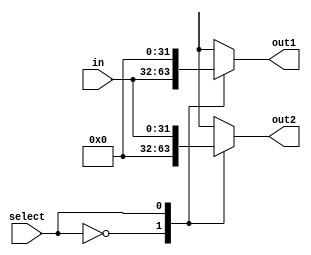
module Demux_1x2 #(parameter width = 31) (
    //---------------------- Input Ports ----------------------
    input wire [width:0] in,

    input wire select,

    //---------------------- Output Ports ----------------------
    output reg [width:0] out1,out2

);
    
//---------------------- Code Start ----------------------
always @ (*)begin
    case (select)
        1'b0: begin
            out1 = in;
            out2 = 0;
        end
        1'b1: begin
            out1 = 0;
            out2 = in;
        end
    endcase
end

endmodule